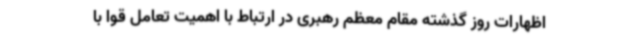
اظهارات روز گذشته مقام معظم رهبری در ارتباط با اهمیت تعامل قوا با